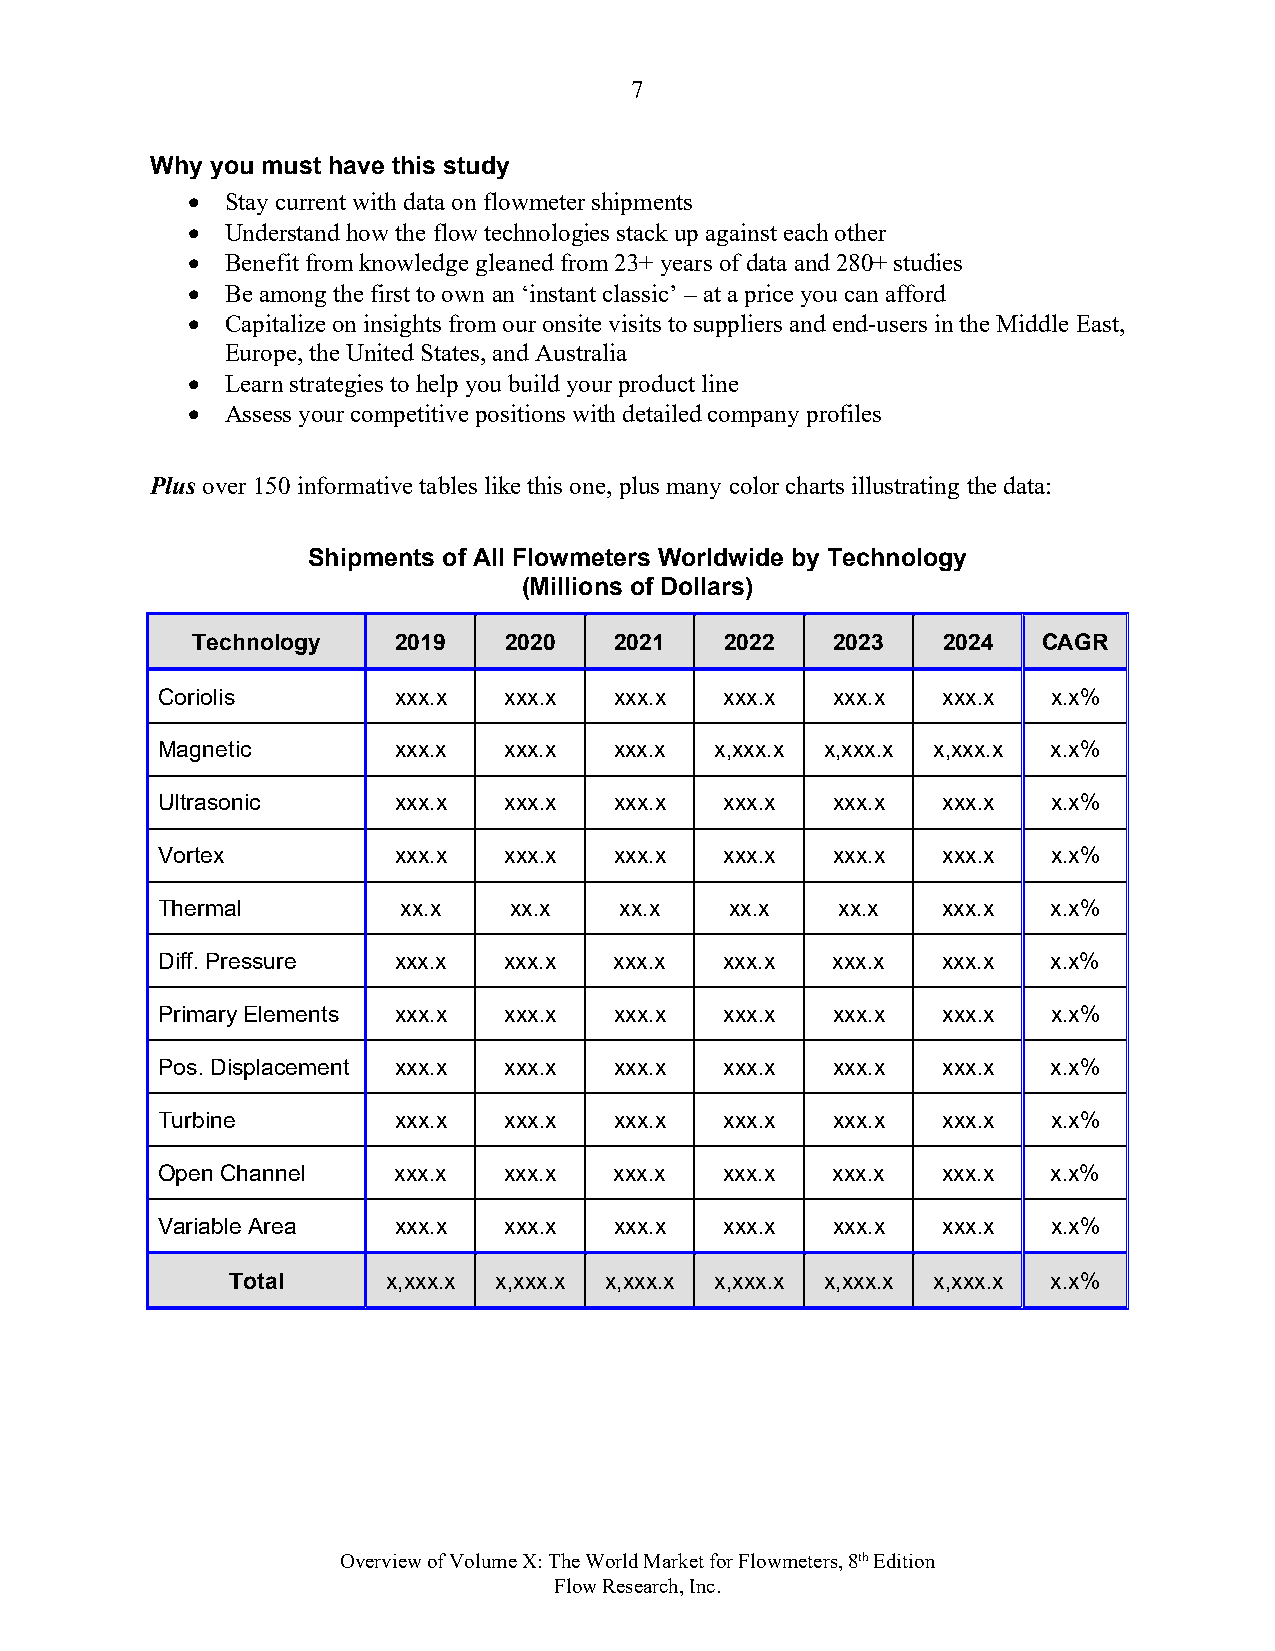
7
 Why you must have this study
   Stay current with data on flowmeter shipments
   Understand how the flow technologies stack up against each other
   Benefit from knowledge gleaned from 23+ years of data and 280+ studies
   Be among the first to own an ‘instant classic’ – at a price you can afford
   Capitalize on insights from our onsite visits to suppliers and end-users in the Middle East,
 Europe, the United States, and Australia
   Learn strategies to help you build your product line
   Assess your competitive positions with detailed company profiles
 Plus over 150 informative tables like this one, plus many color charts illustrating the data:
 Shipments of All Flowmeters Worldwide by Technology
 (Millions of Dollars)
 Technology   2019   2020    2021   2022   2023   2024   CAGR
 Coriolis        xxx.x  xxx.x   xxx.x  xxx.x  xxx.x  xxx.x   x.x%
 Magnetic        xxx.x  xxx.x   xxx.x x,xxx.x x,xxx.x x,xxx.x x.x%
 Ultrasonic      xxx.x  xxx.x   xxx.x  xxx.x  xxx.x  xxx.x   x.x%
 Vortex          xxx.x  xxx.x   xxx.x  xxx.x  xxx.x  xxx.x   x.x%
 Thermal          xx.x   xx.x   xx.x   xx.x   xx.x   xxx.x   x.x%
 Diff. Pressure  xxx.x  xxx.x   xxx.x  xxx.x  xxx.x  xxx.x   x.x%
 Primary Elements xxx.x xxx.x   xxx.x  xxx.x  xxx.x  xxx.x   x.x%
 Pos. Displacement xxx.x xxx.x  xxx.x  xxx.x  xxx.x  xxx.x   x.x%
 Turbine         xxx.x  xxx.x   xxx.x  xxx.x  xxx.x  xxx.x   x.x%
 Open Channel    xxx.x  xxx.x   xxx.x  xxx.x  xxx.x  xxx.x   x.x%
 Variable Area   xxx.x  xxx.x   xxx.x  xxx.x  xxx.x  xxx.x   x.x%
 Total      x,xxx.x x,xxx.x x,xxx.x x,xxx.x x,xxx.x x,xxx.x x.x%
 .
 Overview of Volume X: The World Market for Flowmeters, 8th Edition
 Flow Research, Inc.